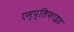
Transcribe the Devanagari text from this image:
एम्प्लिफ़ाइड